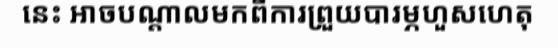
នេះ អាចបណ្តាលមកពីការព្រួយបារម្ភហួសហេតុ